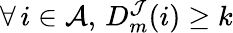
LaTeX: \forall\, i\in\mathcal{A},\, D_{m}^{\mathcal{J}}(i)\geq k